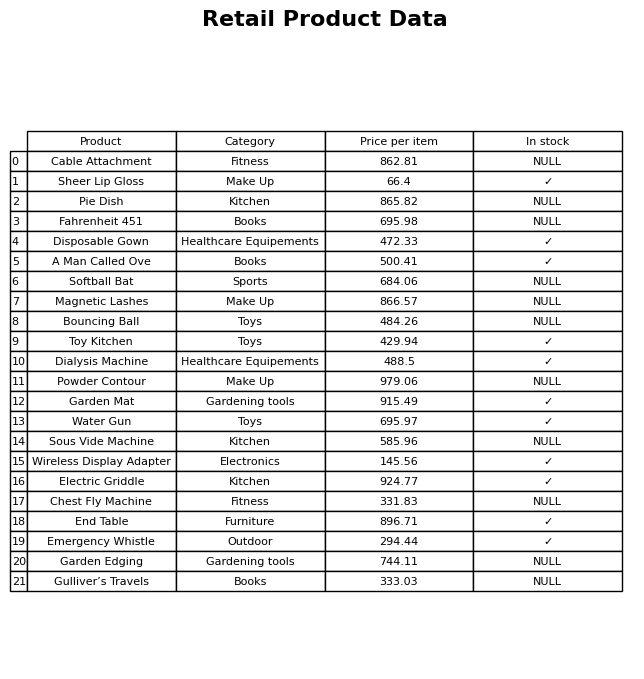
question: What is the price for Bouncing Ball?
answer: The price of Bouncing Ball is 484.26.